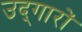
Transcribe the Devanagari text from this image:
उद्‌गारों